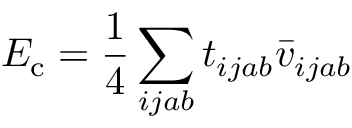
E _ { \mathrm { c } } = \frac { 1 } { 4 } \sum _ { i j a b } t _ { i j a b } \bar { v } _ { i j a b }